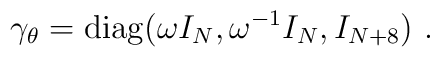
\gamma_\theta={\rm diag}(\omega I_N,\omega^{-1}I_N,I_{N+8})~.